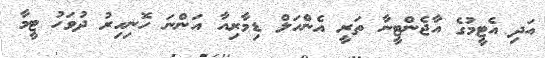
އަދި އެޓީމުގެ އާޖެންޓީނާ ތަރީ އެންހަލް ޑިމާރިއާ އަންނަ ހޮނިހިރު ދުވަހު ޓީމާ